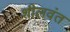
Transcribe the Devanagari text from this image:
शीलवंत